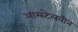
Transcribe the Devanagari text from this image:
आम्स्टेलवीन